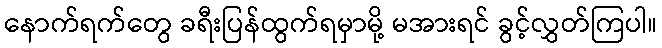
နောက်ရက်တွေ ခရီးပြန်ထွက်ရမှာမို့ မအားရင် ခွင့်လွှတ်ကြပါ။